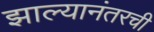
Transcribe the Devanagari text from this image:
झाल्यानंतरची